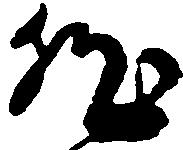
然